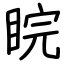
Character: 睆